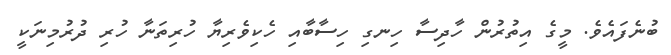
ބުނެފައެވެ. މީގެ އިތުރުން ހާދިސާ ހިނގި ހިސާބާއި ހެކިވެރިޔާ ހުރިތަނާ ހުރި ދުރުމިނަކީ